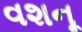
વશનૂ